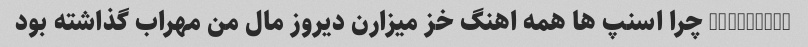
@tpwk__18 چرا اسنپ ها همه اهنگ خز میزارن دیروز مال من مهراب گذاشته بود